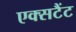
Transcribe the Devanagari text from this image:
एक्सटैंट